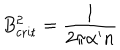
LaTeX: B _ { \mathrm { c r i t } } ^ { 2 } = \frac { 1 } { 2 \pi \alpha ^ { \prime } n }